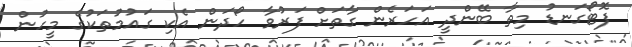
ފޮޓޯގަނޑު މިތާ ބޭންދީ އަހަރެން ގާތަށް ފަރުވާ ހޯދަން އެކި ގައުމުތަކުގެ މީހުން